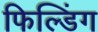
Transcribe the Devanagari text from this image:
फिल्डिंग